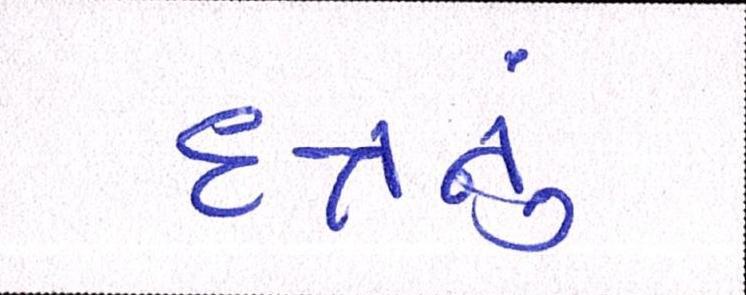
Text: દત્તનું